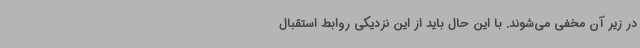
در زیر آن مخفی می‌شوند. با این حال باید از این نزدیکی روابط استقبال